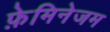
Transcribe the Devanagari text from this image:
फ़ेमिनेजम